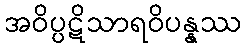
အဝိပ္ပဋိသာရဝိပန္နဿ